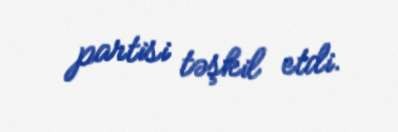
partisi təşkil etdi.